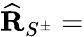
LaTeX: {\mathbf{\widehat R}}_{S^{\pm}}=